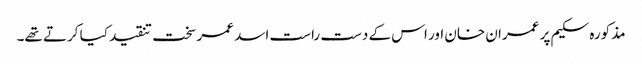
مذکورہ سکیم پر عمران خان اور اس کے دست راست اسد عمر سخت تنقید کیا کرتے تھے۔